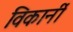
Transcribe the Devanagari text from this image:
विकार्नी